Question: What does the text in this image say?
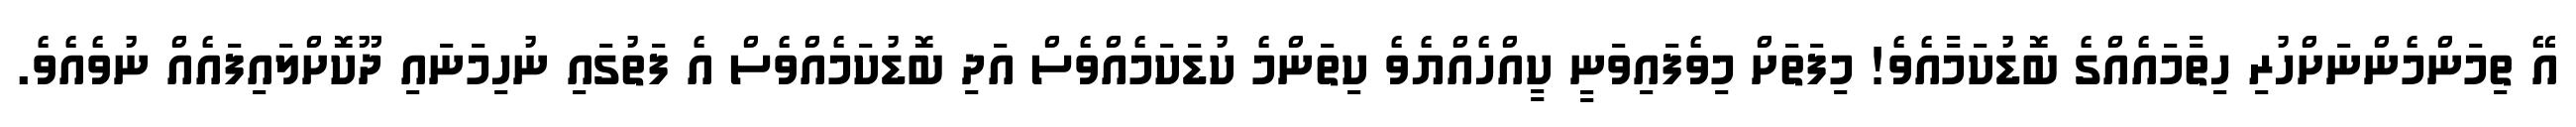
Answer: އޭ ތިމަންމެންނަށްހުރި ހިތާމައެއްގެ ބޮޑުކަމާއެވެ! މިފަތަށް މިވެފައިވަނީ ކީއްހެއްޔެވެ ކިތަންމެ ކުޑަކަމެއްވެސް އަދި ބޮޑުކަމެއްވެސް އެ ފަތުގައި ނުހިމަނައި ދޫކޮށްލައިފައެއް ނުވެއެވެ.